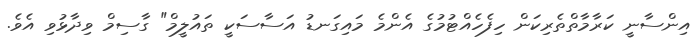
އިންސާނީ ކަރާމާތްތެރިކަން ހިފެހެއްޓުމުގެ އެންމެ މައިގަނޑު އަސާސަކީ ތައުލީމް" ގާސިމް ވިދާޅުވި އެވެ.